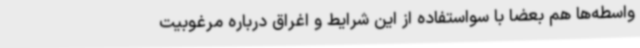
واسطه‌ها هم بعضاً با سواستفاده از این شرایط و اغراق درباره مرغوبیت